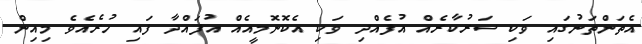
އެތަންތަނުގައި ވަކި ސަރުކާރެއް އުފެއްދި ވަކި އެކޮނޮމީއެއް އުފައްދާ ފައި ހުރެއެވެ މިއިން